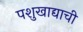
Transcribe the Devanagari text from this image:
पशुखाद्याची